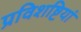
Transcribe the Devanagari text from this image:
प्रविशष्टियां